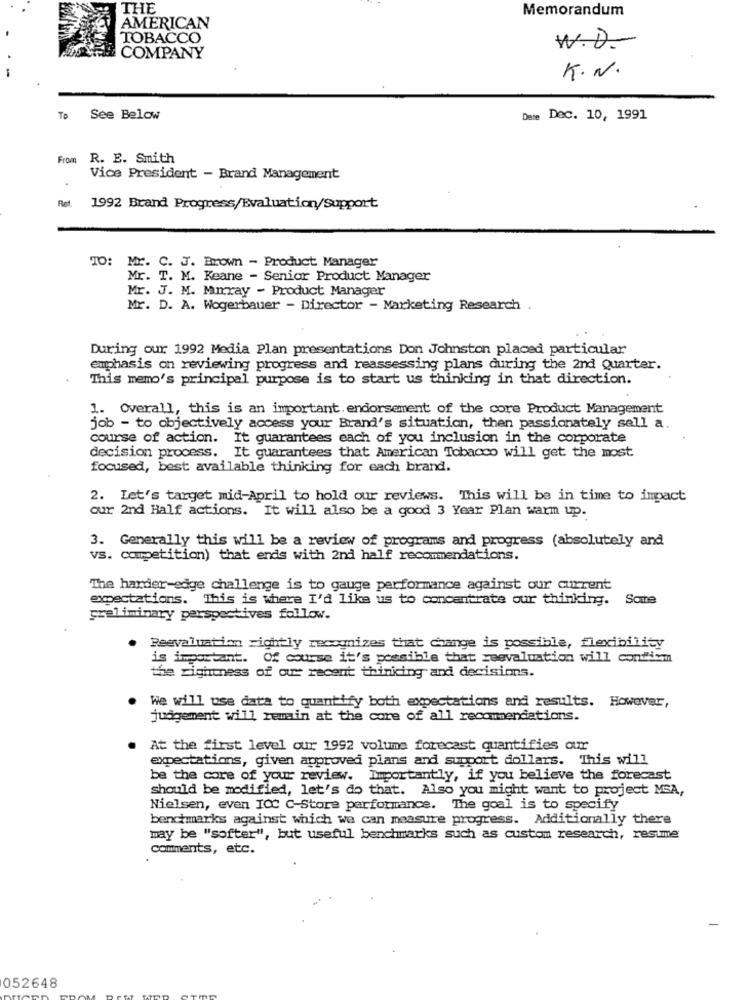
THE
Memorandum
AMERICAN
TOBACCO
W.D-
COMPANY
K.N.
To See Below
e Dec. 10, 1991
From R. E. Smith
Vice President - Brand Management
Ret.
1992 Brand Progress/Evaluation/Support
TO: MY. C. J. Brown - Product Manager
Mr. T. M
T. M. Keane - Senior Product Manager
Mr. J. M. Murray - Product Manager
Mr. D. A. Wogerbauer - Director - Marketing Research .
During our 1992 Media Plan presentations Don Johnston placed particular
emphasis on reviewing progress and reassessing plans during the 2nd Quarter.
This memo's principal purpose is to start us thinking in that direction.
1. Overall, this is an important endorsement of the core Product Management
job - to objectively access your Brand's situation, then passionately sell a.
course of action. It guarantees each of you inclusion in the corporate
decision process. It guarantees that American Tobacco will get the most
focused, best available thinking for each brand.
2. Let's target mid-April to hold our reviews. This will be in time to impact
our 2nd Half actions. It will also be a good 3 Year Plan warm up.
3. Generally this will be a review of programs and progress (absolutely and
vs. competition) that ends with 2nd half recommendations.
The harder-edge challenge is to gauge performance against our current
expectations. This is where I'd like us to concentrate our thinking. Same
preliminary perspectives follow.
Reevaluation rightly recognizes that change is possible, flexibility
is important. Of course it's possible that reevaluation will confirm
the rightness of our recent thinking and decisions.
We will use data to quantify both expectations and results. However,
judgement will remain at the core of all recommendations.
At the first level our 1992 volume forecast quantifies our
expectations, given approved plans and support dollars. This will
be the core of your review. Importantly, if you believe the forecast
should be modified, let's do that. Also you might want to project MSA,
Nielsen, even ICC C-Store performance. The goal is to specify
benchmarks against which we can measure progress. Additionally there
may be "softer", but useful benchmarks such as custom research, restme
comments, etc.
052648